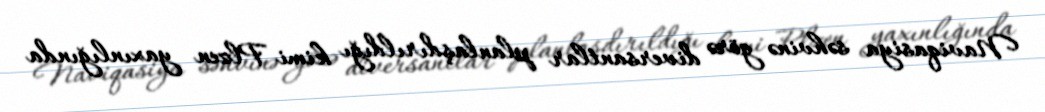
Naviqasiya səhvinə görə diversantlar planlaşdırıldığı kimi Plzen yaxınlığında